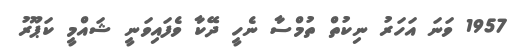
1957 ވަނަ އަހަރު ނިކުތް ތުމްސާ ނެހީ ދޭކާ ވެފައިވަނީ ޝައްމީ ކަޕޫރު